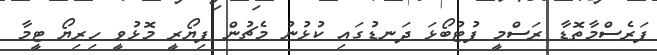
ފަރެސްމާތޮޑާ ރަސްމީ ފުޓުބޯޅަ ދަނޑުގައި ކުޅުނު މެޗުން ފިޔޯރީ މޮޅުވީ ހިރިޔޯ ޓީމާ